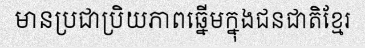
មានប្រជាប្រិយភាពឆ្នើមក្នុងជនជាតិខ្មែរ